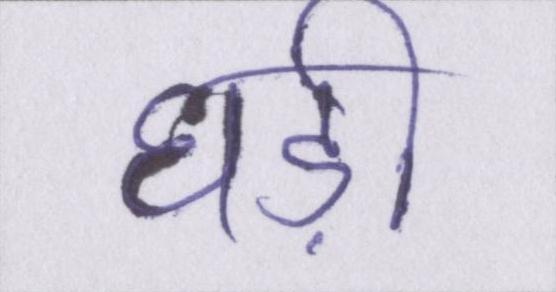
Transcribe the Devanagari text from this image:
घड़ी